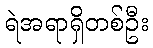
ရဲအရာရှိတစ်ဦး